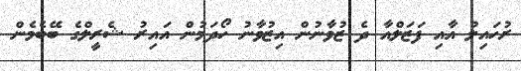
ރުހައިލު އާއި ފަޒަލްއާ ދެ ޒުވާނުން އިޒުވާނު ހޯދަމުން އައިރު ޝެރީލްގެ ބޭބެމެން